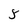
Character: 3